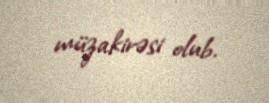
müzakirəsi olub.